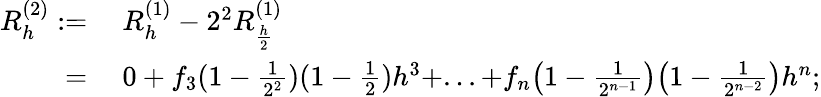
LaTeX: \begin{array}{rl}{R_{h}^{(2)}:=}&{\ R_{h}^{(1)}-2^{2}R_{\frac{h}{2}}^{(1)}}\\ {=}&{\ 0+f_{3}(1-\frac{1}{2^{2}})(1-\frac{1}{2})h^{3}+...+f_{n}\big(1-\frac{1}{2^{n-1}}\big)\big(1-\frac{1}{2^{n-2}}\big)h^{n};}\end{array}